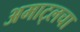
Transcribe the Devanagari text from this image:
अमाट्लचा